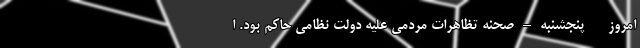
امروز - -پنجشنبه – صحنه تظاهرات مردمی علیه دولت نظامی حاکم بود. ا